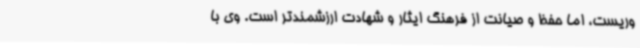
وریست، اما حفظ و صیانت از فرهنگ ایثار و شهادت ارزشمندتر است. وی با